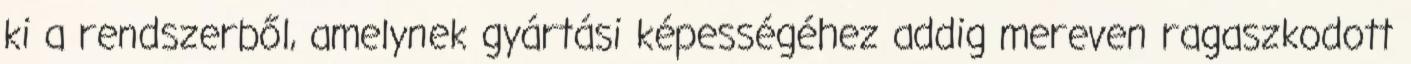
ki a rendszerből, amelynek gyártási képességéhez addig mereven ragaszkodott